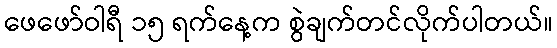
ဖေဖော်ဝါရီ ၁၅ ရက်နေ့က စွဲချက်တင်လိုက်ပါတယ်။